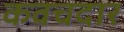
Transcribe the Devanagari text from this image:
कवचदार